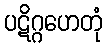
ပဋိဂ္ဂဟေတုံ